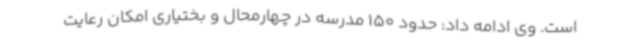
است. وی ادامه داد: حدود 150 مدرسه در چهارمحال و بختیاری امکان رعایت